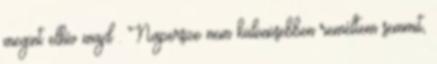
megint elhív majd . Napersze nem különösebben reméltem semmit,